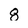
Character: 8